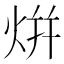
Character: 𭴡